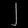
Digit: ၂